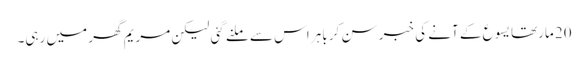
20 مارتھا یسوع کے آنے کی خبر سن کر باہر اس سے ملنے گئی لیکن مریم گھر میں رہی۔